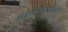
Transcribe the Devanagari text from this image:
डहाळ्यांनी